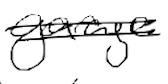
Text: garage
Cross-out: double-line
Writing tool: digital_black